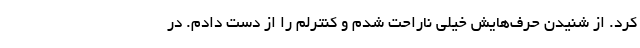
کرد. از شنیدن حرف‌هایش خیلی ناراحت شدم و کنترلم را از دست دادم. در